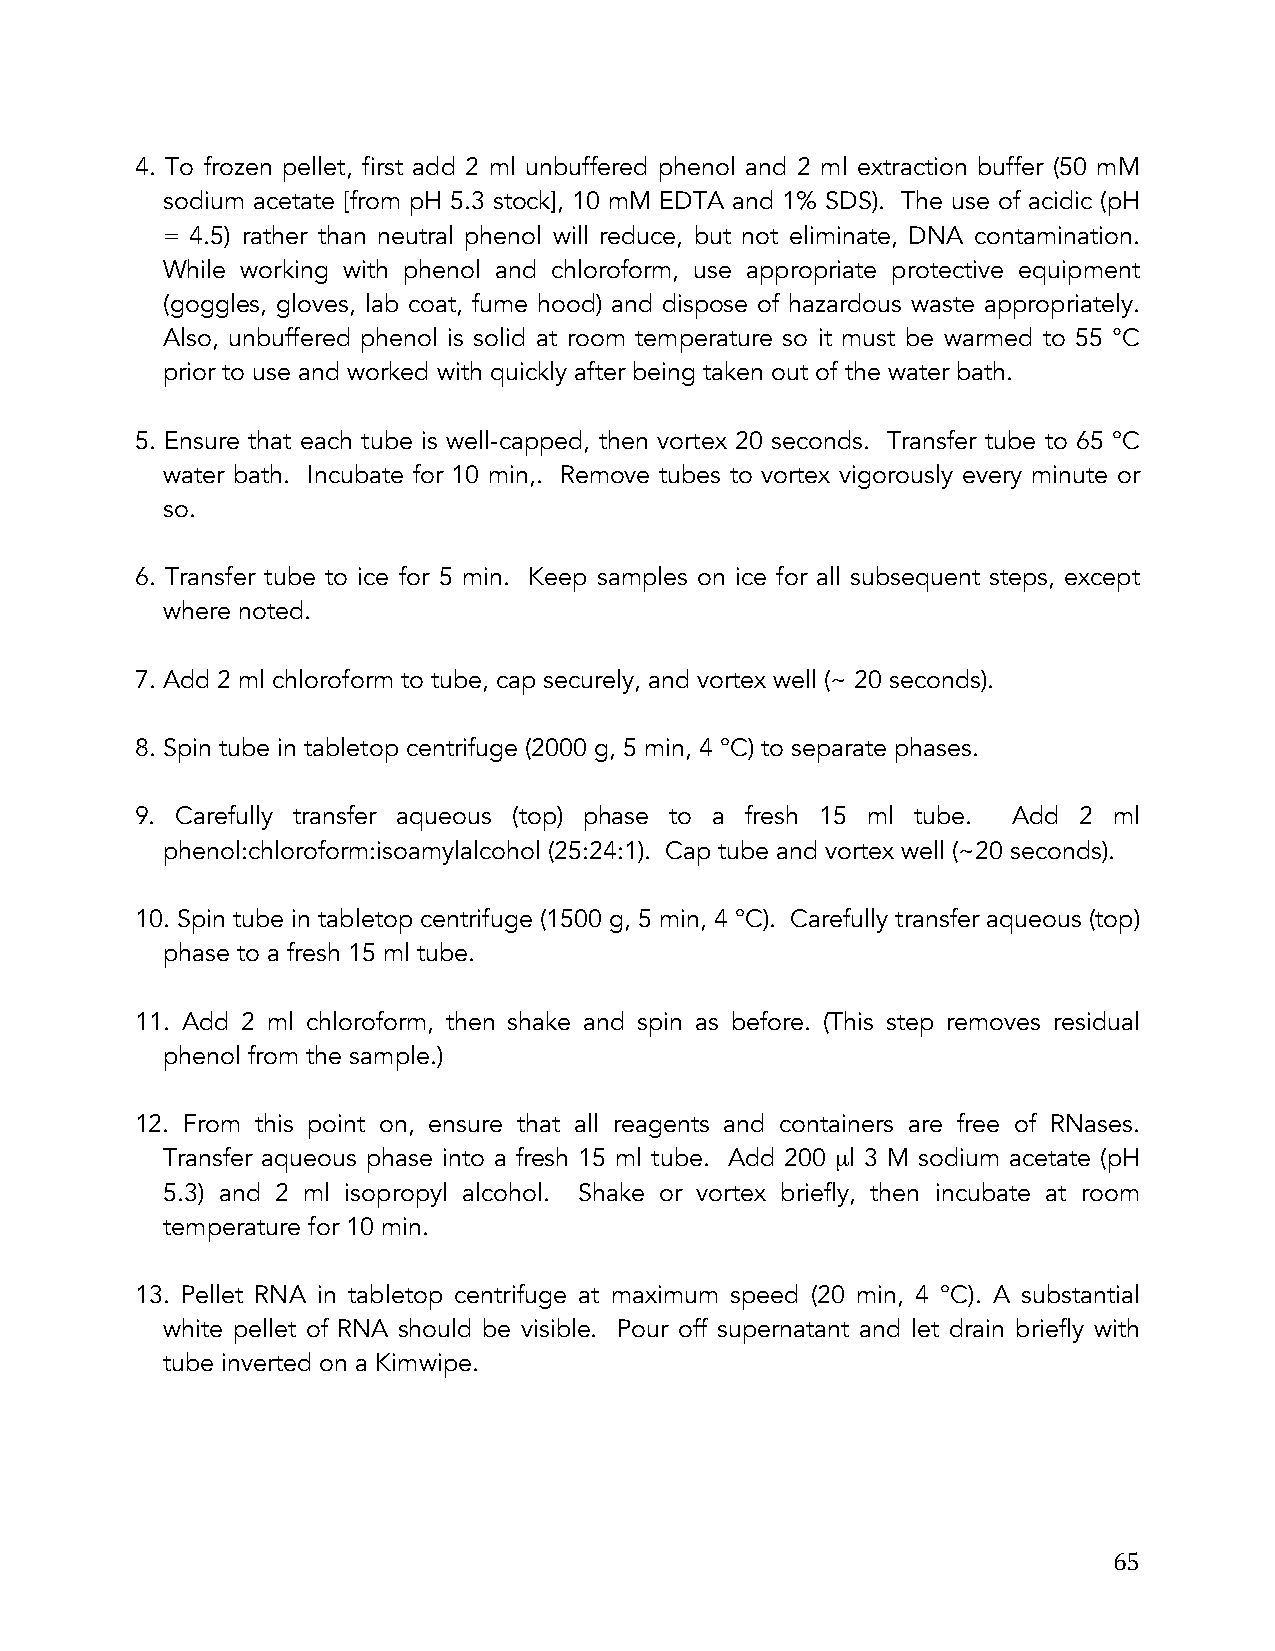
4. To frozen pellet, first add 2 ml unbuffered phenol and 2 ml extraction buffer (50 mM
 sodium acetate [from pH 5.3 stock], 10 mM EDTA and 1% SDS). The use of acidic (pH
 = 4.5) rather than neutral phenol will reduce, but not eliminate, DNA contamination.
 While working with phenol and chloroform, use appropriate protective equipment
 (goggles, gloves, lab coat, fume hood) and dispose of hazardous waste appropriately.
 Also, unbuffered phenol is solid at room temperature so it must be warmed to 55 °C
 prior to use and worked with quickly after being taken out of the water bath.
 5. Ensure that each tube is well-capped, then vortex 20 seconds. Transfer tube to 65 °C
 water bath. Incubate for 10 min,. Remove tubes to vortex vigorously every minute or
 so.
 6. Transfer tube to ice for 5 min. Keep samples on ice for all subsequent steps, except
 where noted.
 7. Add 2 ml chloroform to tube, cap securely, and vortex well (~ 20 seconds).
 8. Spin tube in tabletop centrifuge (2000 g, 5 min, 4 °C) to separate phases.
 9. Carefully transfer aqueous (top) phase to a fresh 15 ml tube. Add 2 ml
 phenol:chloroform:isoamylalcohol (25:24:1). Cap tube and vortex well (~20 seconds).
 10. Spin tube in tabletop centrifuge (1500 g, 5 min, 4 °C). Carefully transfer aqueous (top)
 phase to a fresh 15 ml tube.
 11. Add 2 ml chloroform, then shake and spin as before. (This step removes residual
 phenol from the sample.)
 12. From this point on, ensure that all reagents and containers are free of RNases.
 Transfer aqueous phase into a fresh 15 ml tube. Add 200 µl 3 M sodium acetate (pH
 5.3) and 2 ml isopropyl alcohol. Shake or vortex briefly, then incubate at room
 temperature for 10 min.
 13. Pellet RNA in tabletop centrifuge at maximum speed (20 min, 4 °C). A substantial
 white pellet of RNA should be visible. Pour off supernatant and let drain briefly with
 tube inverted on a Kimwipe.
 65